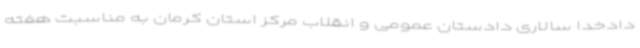
دادخدا سالاری دادستان عمومی و انقلاب مرکز استان کرمان به مناسبت هفته